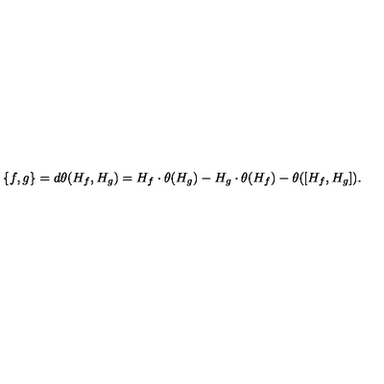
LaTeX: \{ f , g \} = d \theta ( H _ { f } , H _ { g } ) = H _ { f } \cdot \theta ( H _ { g } ) - H _ { g } \cdot \theta ( H _ { f } ) - \theta ( [ H _ { f } , H _ { g } ] ) .